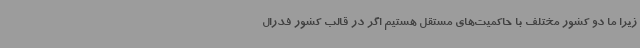
زیرا ما دو کشور مختلف با حاکمیت‌های مستقل هستیم اگر در قالب کشور فدرال